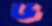
ড